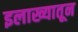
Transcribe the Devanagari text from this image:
इलाख्यातून